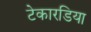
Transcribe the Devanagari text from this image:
टेकारडिया